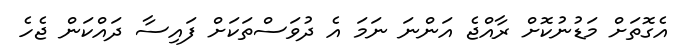
އެގޮތަށް މަޑުނުކޮށް ރާއްޖެ އަންނަ ނަމަ އެ ދުވަސްތަކަށް ފައިސާ ދައްކަން ޖެހެ